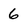
Character: 6